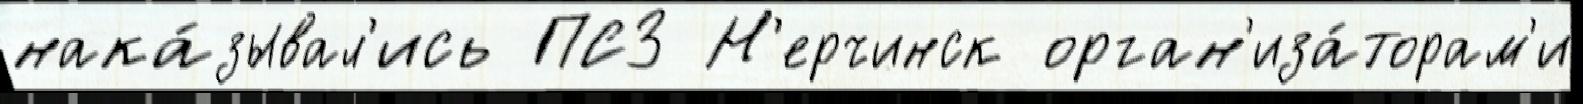
нака́зывал'ись ПСЗ Н'ерчинск орган'иза́торам'и